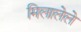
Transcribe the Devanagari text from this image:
मिलालेले